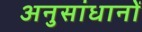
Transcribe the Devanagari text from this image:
अनुसांधानों